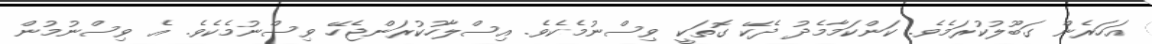
އަހަރެން ގަބޫލުކުރަމެވެ. ކަންކަމާމެދު ދެކޭ ގޮތަކީ ވިސްނުމެކެވެ. އިސްލާހުކުރަންޖެހޭ ވިސްނުމެކެވެ. އެ ވިސްނުމުން